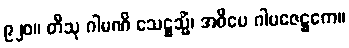
၉၂၀။ တီသု ဂါမဏိ သေဋ္ဌသ္မိံ၊ အဓိပေ ဂါမဇေဋ္ဌကေ။